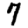
Digit: 7